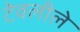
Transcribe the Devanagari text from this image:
टेवलीले